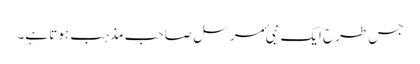
جس طرح ایک نبی ٔمرسل صاحب مذہب ہوتا ہے۔